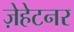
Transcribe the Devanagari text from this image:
ज़ेहेटनर